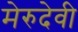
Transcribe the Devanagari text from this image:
मेरुदेवी